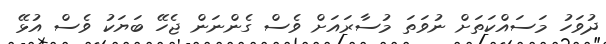
ދުވަހު މަސައްކަތަށް ނުވަތަ މުސާރައަށް ވެސް ގެންނަން ޖެހޭ ބަޔަކު ވެސް އުޅޭ